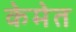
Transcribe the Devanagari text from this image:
केमेत